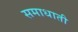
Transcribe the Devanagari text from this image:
समाधाती